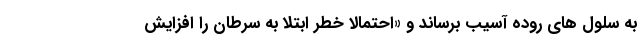
به سلول های روده آسیب برساند و «احتمالاً خطر ابتلا به سرطان را افزایش